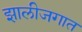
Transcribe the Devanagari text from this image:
झालीजगात